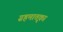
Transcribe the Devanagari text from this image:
ग्रहमातृका